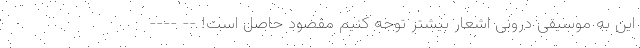
این به موسیقی درونی اشعار بیشتر توجه کنیم مقصود حاصل است! -- ----